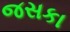
જસકા